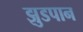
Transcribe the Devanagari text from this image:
झुडपान